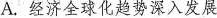
A.经济全球化趋势深入发展